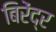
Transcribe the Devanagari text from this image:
बिरेंद्र